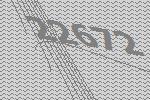
22672